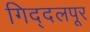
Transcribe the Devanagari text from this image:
गिद्दलपूर